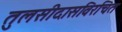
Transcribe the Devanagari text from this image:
तुलसीदासविरचित